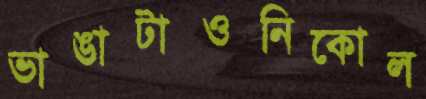
ভাঙাটাওনিকোল